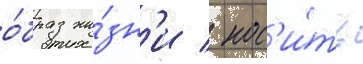
о́браз жи́зн'и / нос'и́ть